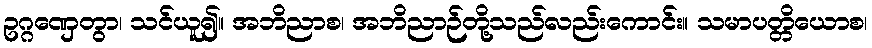
ဥဂ္ဂဏှေတွာ၊ သင်ယူ၍။ အဘိညာစ၊ အဘိညာဉ်တို့သည်လည်းကောင်း။ သမာပတ္တိယောစ၊